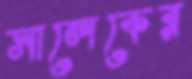
সালেকের